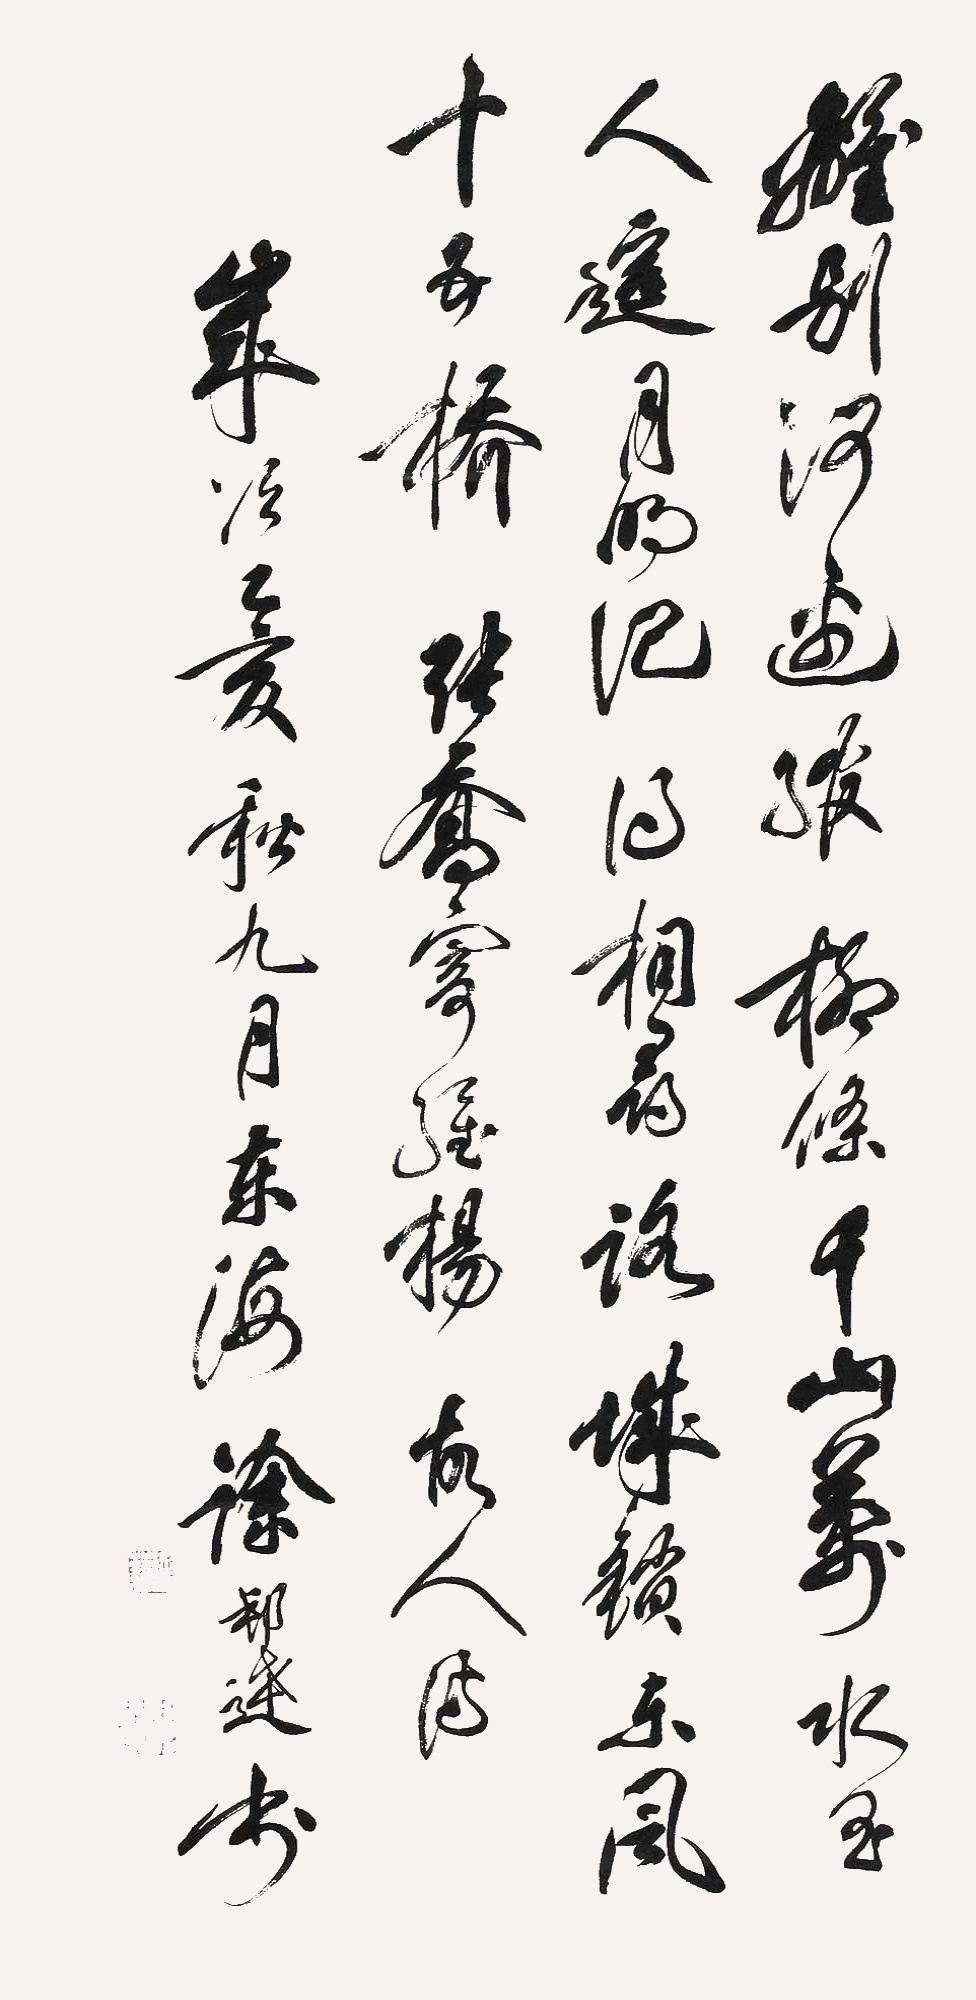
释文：离别河边绾柳条,千山万水玉人遥。月明记得相寻处,城锁东风十五桥。张乔寄维扬故人诗。岁次乙亥秋九月，东海徐邦达书。